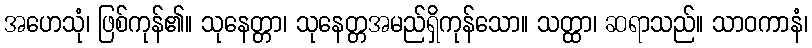
အဟေသုံ၊ ဖြစ်ကုန်၏။ သုနေတ္တာ၊ သုနေတ္တအမည်ရှိကုန်သော။ သတ္ထာ၊ ဆရာသည်။ သာဝကာနံ၊